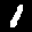
Label: 1